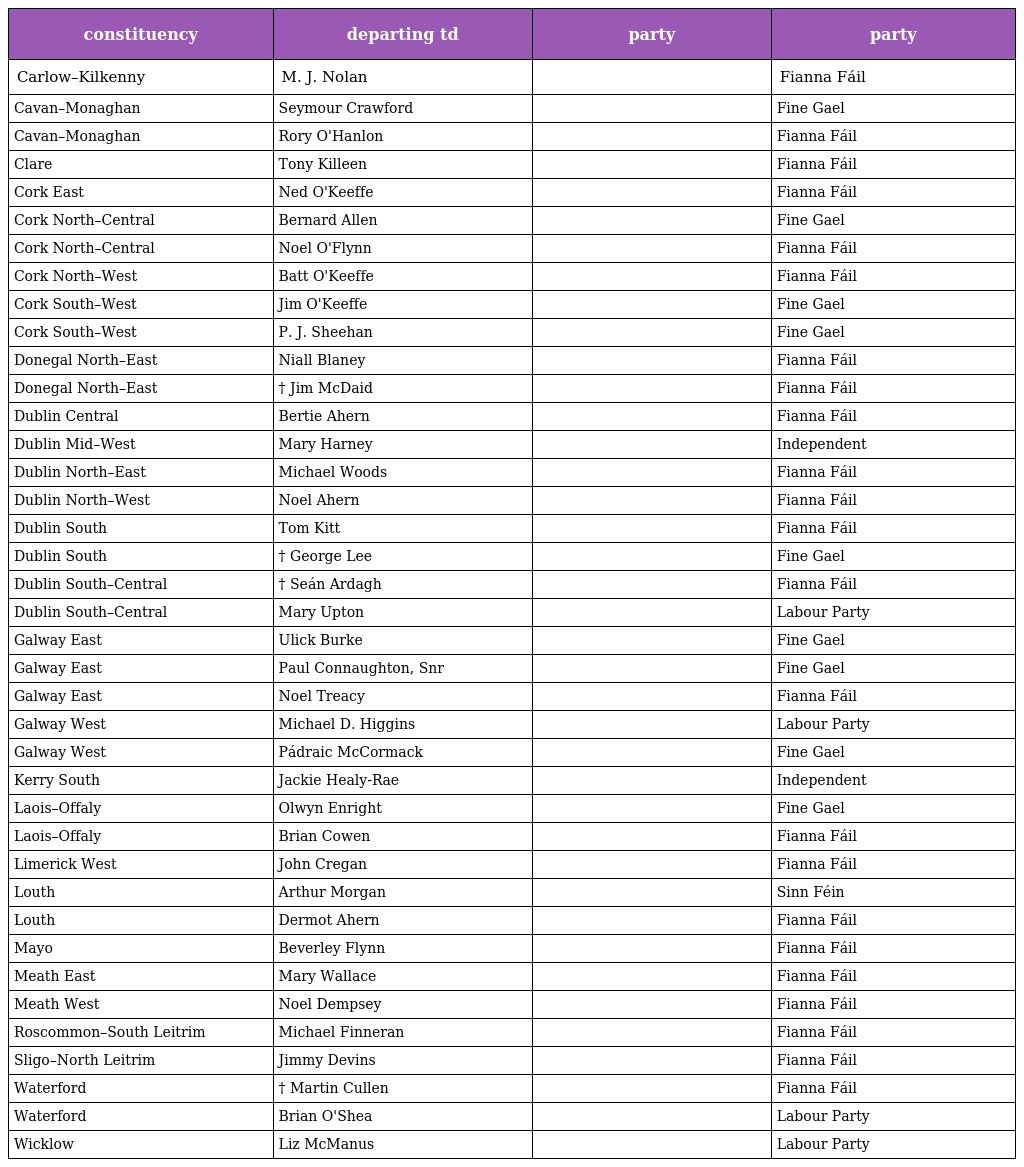
| constituency | departing td | party | party |
 | --- | --- | --- | --- |
 | Carlow–Kilkenny | M. J. Nolan |  | Fianna Fáil |
 | Cavan–Monaghan | Seymour Crawford |  | Fine Gael |
 | Cavan–Monaghan | Rory O'Hanlon |  | Fianna Fáil |
 | Clare | Tony Killeen |  | Fianna Fáil |
 | Cork East | Ned O'Keeffe |  | Fianna Fáil |
 | Cork North–Central | Bernard Allen |  | Fine Gael |
 | Cork North–Central | Noel O'Flynn |  | Fianna Fáil |
 | Cork North–West | Batt O'Keeffe |  | Fianna Fáil |
 | Cork South–West | Jim O'Keeffe |  | Fine Gael |
 | Cork South–West | P. J. Sheehan |  | Fine Gael |
 | Donegal North–East | Niall Blaney |  | Fianna Fáil |
 | Donegal North–East | † Jim McDaid |  | Fianna Fáil |
 | Dublin Central | Bertie Ahern |  | Fianna Fáil |
 | Dublin Mid–West | Mary Harney |  | Independent |
 | Dublin North–East | Michael Woods |  | Fianna Fáil |
 | Dublin North–West | Noel Ahern |  | Fianna Fáil |
 | Dublin South | Tom Kitt |  | Fianna Fáil |
 | Dublin South | † George Lee |  | Fine Gael |
 | Dublin South–Central | † Seán Ardagh |  | Fianna Fáil |
 | Dublin South–Central | Mary Upton |  | Labour Party |
 | Galway East | Ulick Burke |  | Fine Gael |
 | Galway East | Paul Connaughton, Snr |  | Fine Gael |
 | Galway East | Noel Treacy |  | Fianna Fáil |
 | Galway West | Michael D. Higgins |  | Labour Party |
 | Galway West | Pádraic McCormack |  | Fine Gael |
 | Kerry South | Jackie Healy-Rae |  | Independent |
 | Laois–Offaly | Olwyn Enright |  | Fine Gael |
 | Laois–Offaly | Brian Cowen |  | Fianna Fáil |
 | Limerick West | John Cregan |  | Fianna Fáil |
 | Louth | Arthur Morgan |  | Sinn Féin |
 | Louth | Dermot Ahern |  | Fianna Fáil |
 | Mayo | Beverley Flynn |  | Fianna Fáil |
 | Meath East | Mary Wallace |  | Fianna Fáil |
 | Meath West | Noel Dempsey |  | Fianna Fáil |
 | Roscommon–South Leitrim | Michael Finneran |  | Fianna Fáil |
 | Sligo–North Leitrim | Jimmy Devins |  | Fianna Fáil |
 | Waterford | † Martin Cullen |  | Fianna Fáil |
 | Waterford | Brian O'Shea |  | Labour Party |
 | Wicklow | Liz McManus |  | Labour Party |